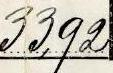
33,92